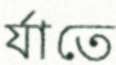
র‍্যাতে